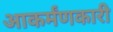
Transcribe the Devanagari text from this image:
आकर्मंणकारी